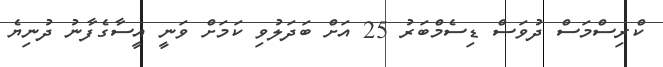
ކްރިސްމަސް ދުވަސް ޑިސެމްބަރު 25 އަށް ބަދަލުވި ކަމަށް ވަނީ އީސާގެފާނު ދުނިޔެ